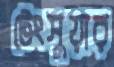
টেংসুয়ার